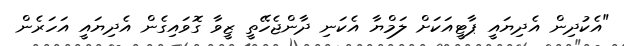
"އެކުދިން އެދިޔައީ ޕާޓީއަކަށް ލަމްޔާ އެކަނި ދާންޖެހޭތީ ޒީވާ ގޮވައިގެން އެދިޔައީ އަހަރެން